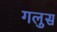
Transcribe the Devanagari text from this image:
गलुस